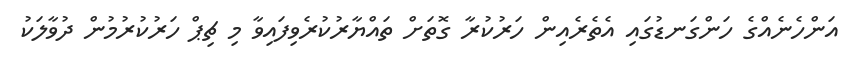
އަންހެނެއްގެ ހަންގަނޑުގައި އެތެރެއިން ހަރުކުރާ ގޮތަށް ތައްޔާރުކުރެވިފައިވާ މި ޗިޕް ހަރުކުރުމުން ދުވާލަކު